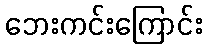
ဘေးကင်းကြောင်း